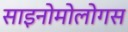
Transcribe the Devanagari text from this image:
साइनोमोलोगस